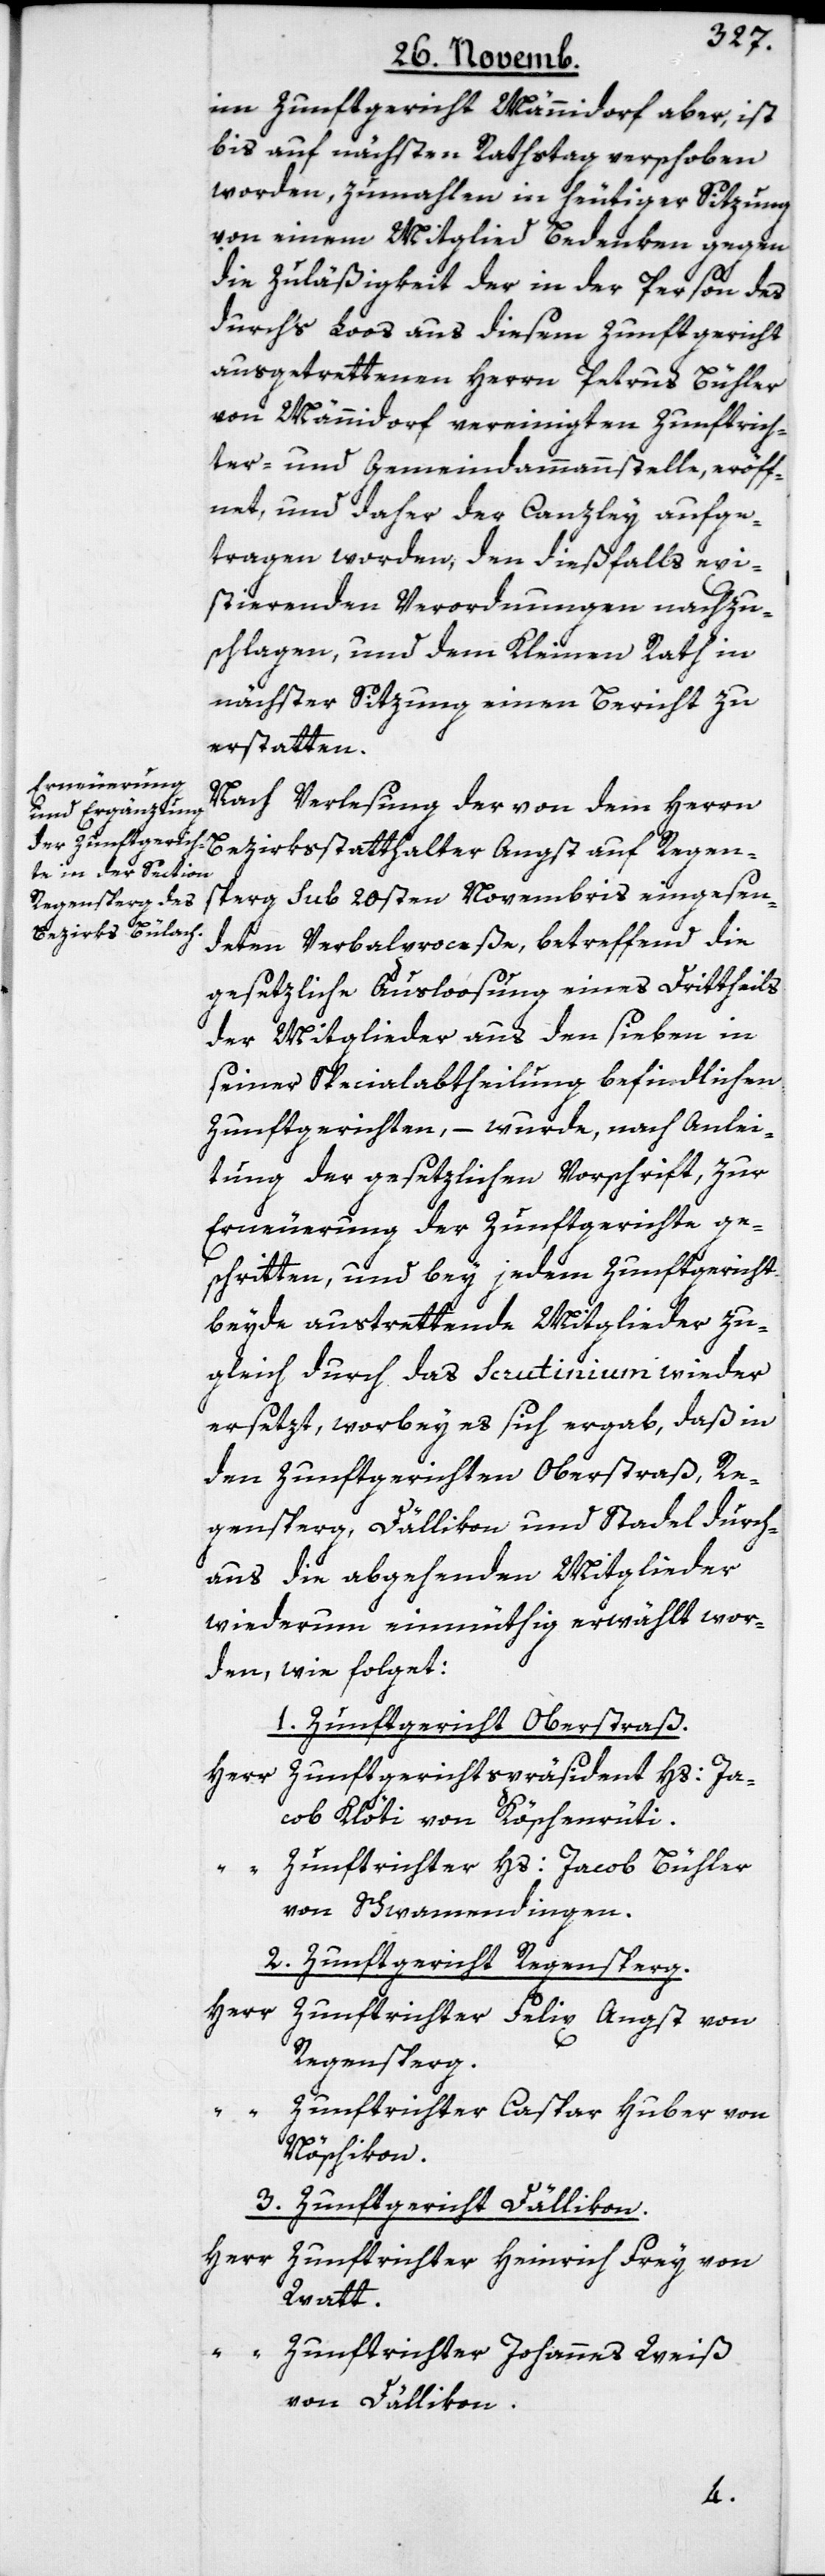
im Zunftgericht Männedorf aber, ist
bis auf nächsten Rathstag verschoben
worden, zumahlen in heutiger Sitzung
von einem Mitglied Bedenken gegen
die Zuläßigkeit der in der Person des
durchs Loos aus diesem Zunftgericht
ausgetrettenen Herrn Petrus Bühler
von Männidorf vereinigten Zunftrich¬
ter- und Gemeindammannstelle eröff¬
net, und daher der Canzley aufge¬
tragen worden, den dießfalls exi¬
stierenden Verordnungen nachzu¬
schlagen, und dem Kleinen Rath in
nächster Sitzung einen Bericht zu
erstatten.
Nach Verlesung der von dem Herrn
Bezirksstatthalter Angst auf Regen¬
sberg sub 20sten Novembris eingesen¬
deten Verbalproceße, betreffend die
gesetzliche Ausloosung eines Drittheils
der Mitglieder aus den sieben in
seiner Specialabtheilung befindlichen
Zunftgerichten, – wurde, nach Anlei¬
tung der gesetzlichen Vorschrift, zur
Erneuerung der Zunftgerichte ge¬
schritten, und bey jedem Zunftgericht
beyde austrettende Mitglieder zu¬
gleich durch das Scrutinium wieder
ersetzt, worbey es sich ergab, daß in
den Zunftgerichten Oberstraß, Re¬
gensberg, Dällikon und Stadel durch¬
aus die abgehenden Mitglieder
wiederum einmüthig erwählt wor¬
den, wie folget:
1. Zunftgericht Oberstraß.
Herr
Zunftgerichtspräsident Hs. Ja¬
cob Klöti von Köschenrüti.
Zunftrichter Hs. Jacob Bühler
von Schwamendingen.
2. Zunftgericht Regensperg.
Herr
Zunftrichter Felix Angst von
Regensperg.
Zunftrichter Caspar Huber von
Nöschikon.
3. Zunftgericht Dällikon.
Herr
Zunftrichter Heinrich Frey von
Watt.
Zunftrichter Johannes Weiß
von Dällikon.